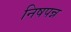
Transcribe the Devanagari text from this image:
निषपन्न